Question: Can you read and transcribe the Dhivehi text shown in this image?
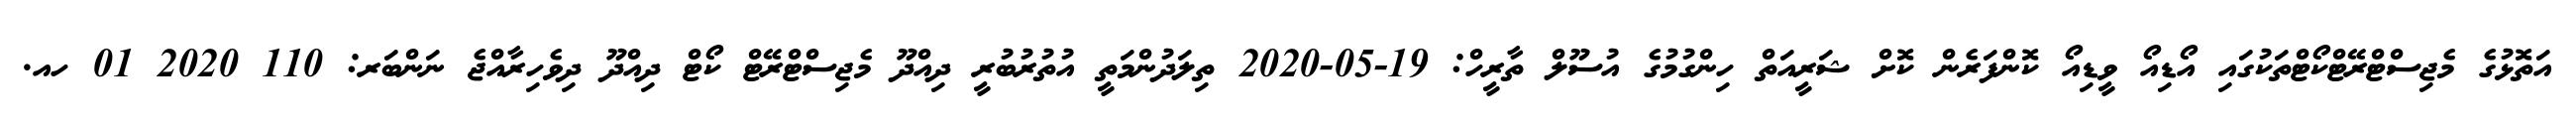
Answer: އަތޮޅުގެ މެޖިސްޓްރޭޓްކޯޓްތަކުގައި އޯޑިއޯ ވީޑިއޯ ކޮންފަރެން ކޮށް ޝަރީއަތް ހިންގުމުގެ އުސޫލް ތާރީހް: 19-05-2020 ތިލަދުންމަތީ އުތުރުބުރީ ދިއްދޫ މެޖިސްޓްރޭޓް ކޯޓް ދިއްދޫ ދިވެހިރާއްޖެ ނަންބަރ: 110 2020 01 ހއ.